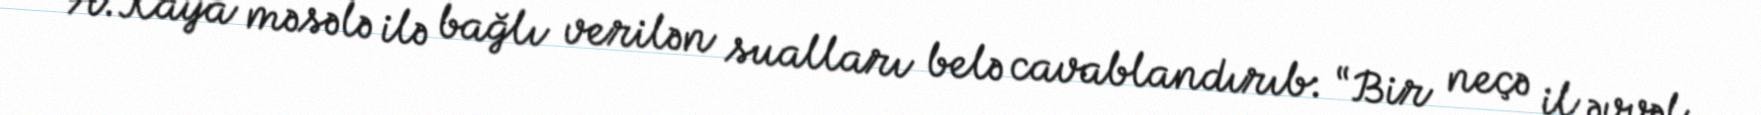
A.Kaya məsələ ilə bağlı verilən sualları belə cavablandırıb: “Bir neçə il əvvəl